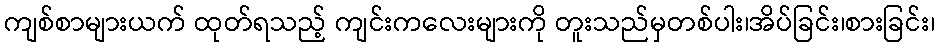
ကျစ်စာများယက် ထုတ်ရသည့် ကျင်းကလေးများကို တူးသည်မှတစ်ပါး၊အိပ်ခြင်း၊စားခြင်း၊